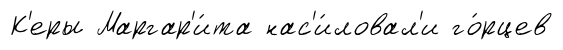
К'еры Маргар'и́та нас'и́ловал'и го́рцев